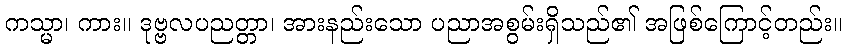
ကသ္မာ၊ ကား။ ဒုဗ္ဗလပညတ္တာ၊ အားနည်းသော ပညာအစွမ်းရှိသည်၏ အဖြစ်ကြောင့်တည်း။